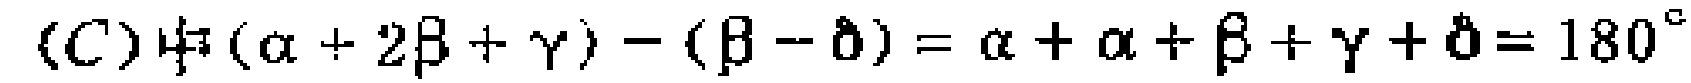
\((C)\ (\alpha + 2\beta+\gamma)-(\beta - \delta)=\alpha+\beta+\gamma+\delta = 180^{\circ}\)